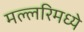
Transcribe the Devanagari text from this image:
मल्लरिमध्ये